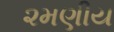
૨મણીય